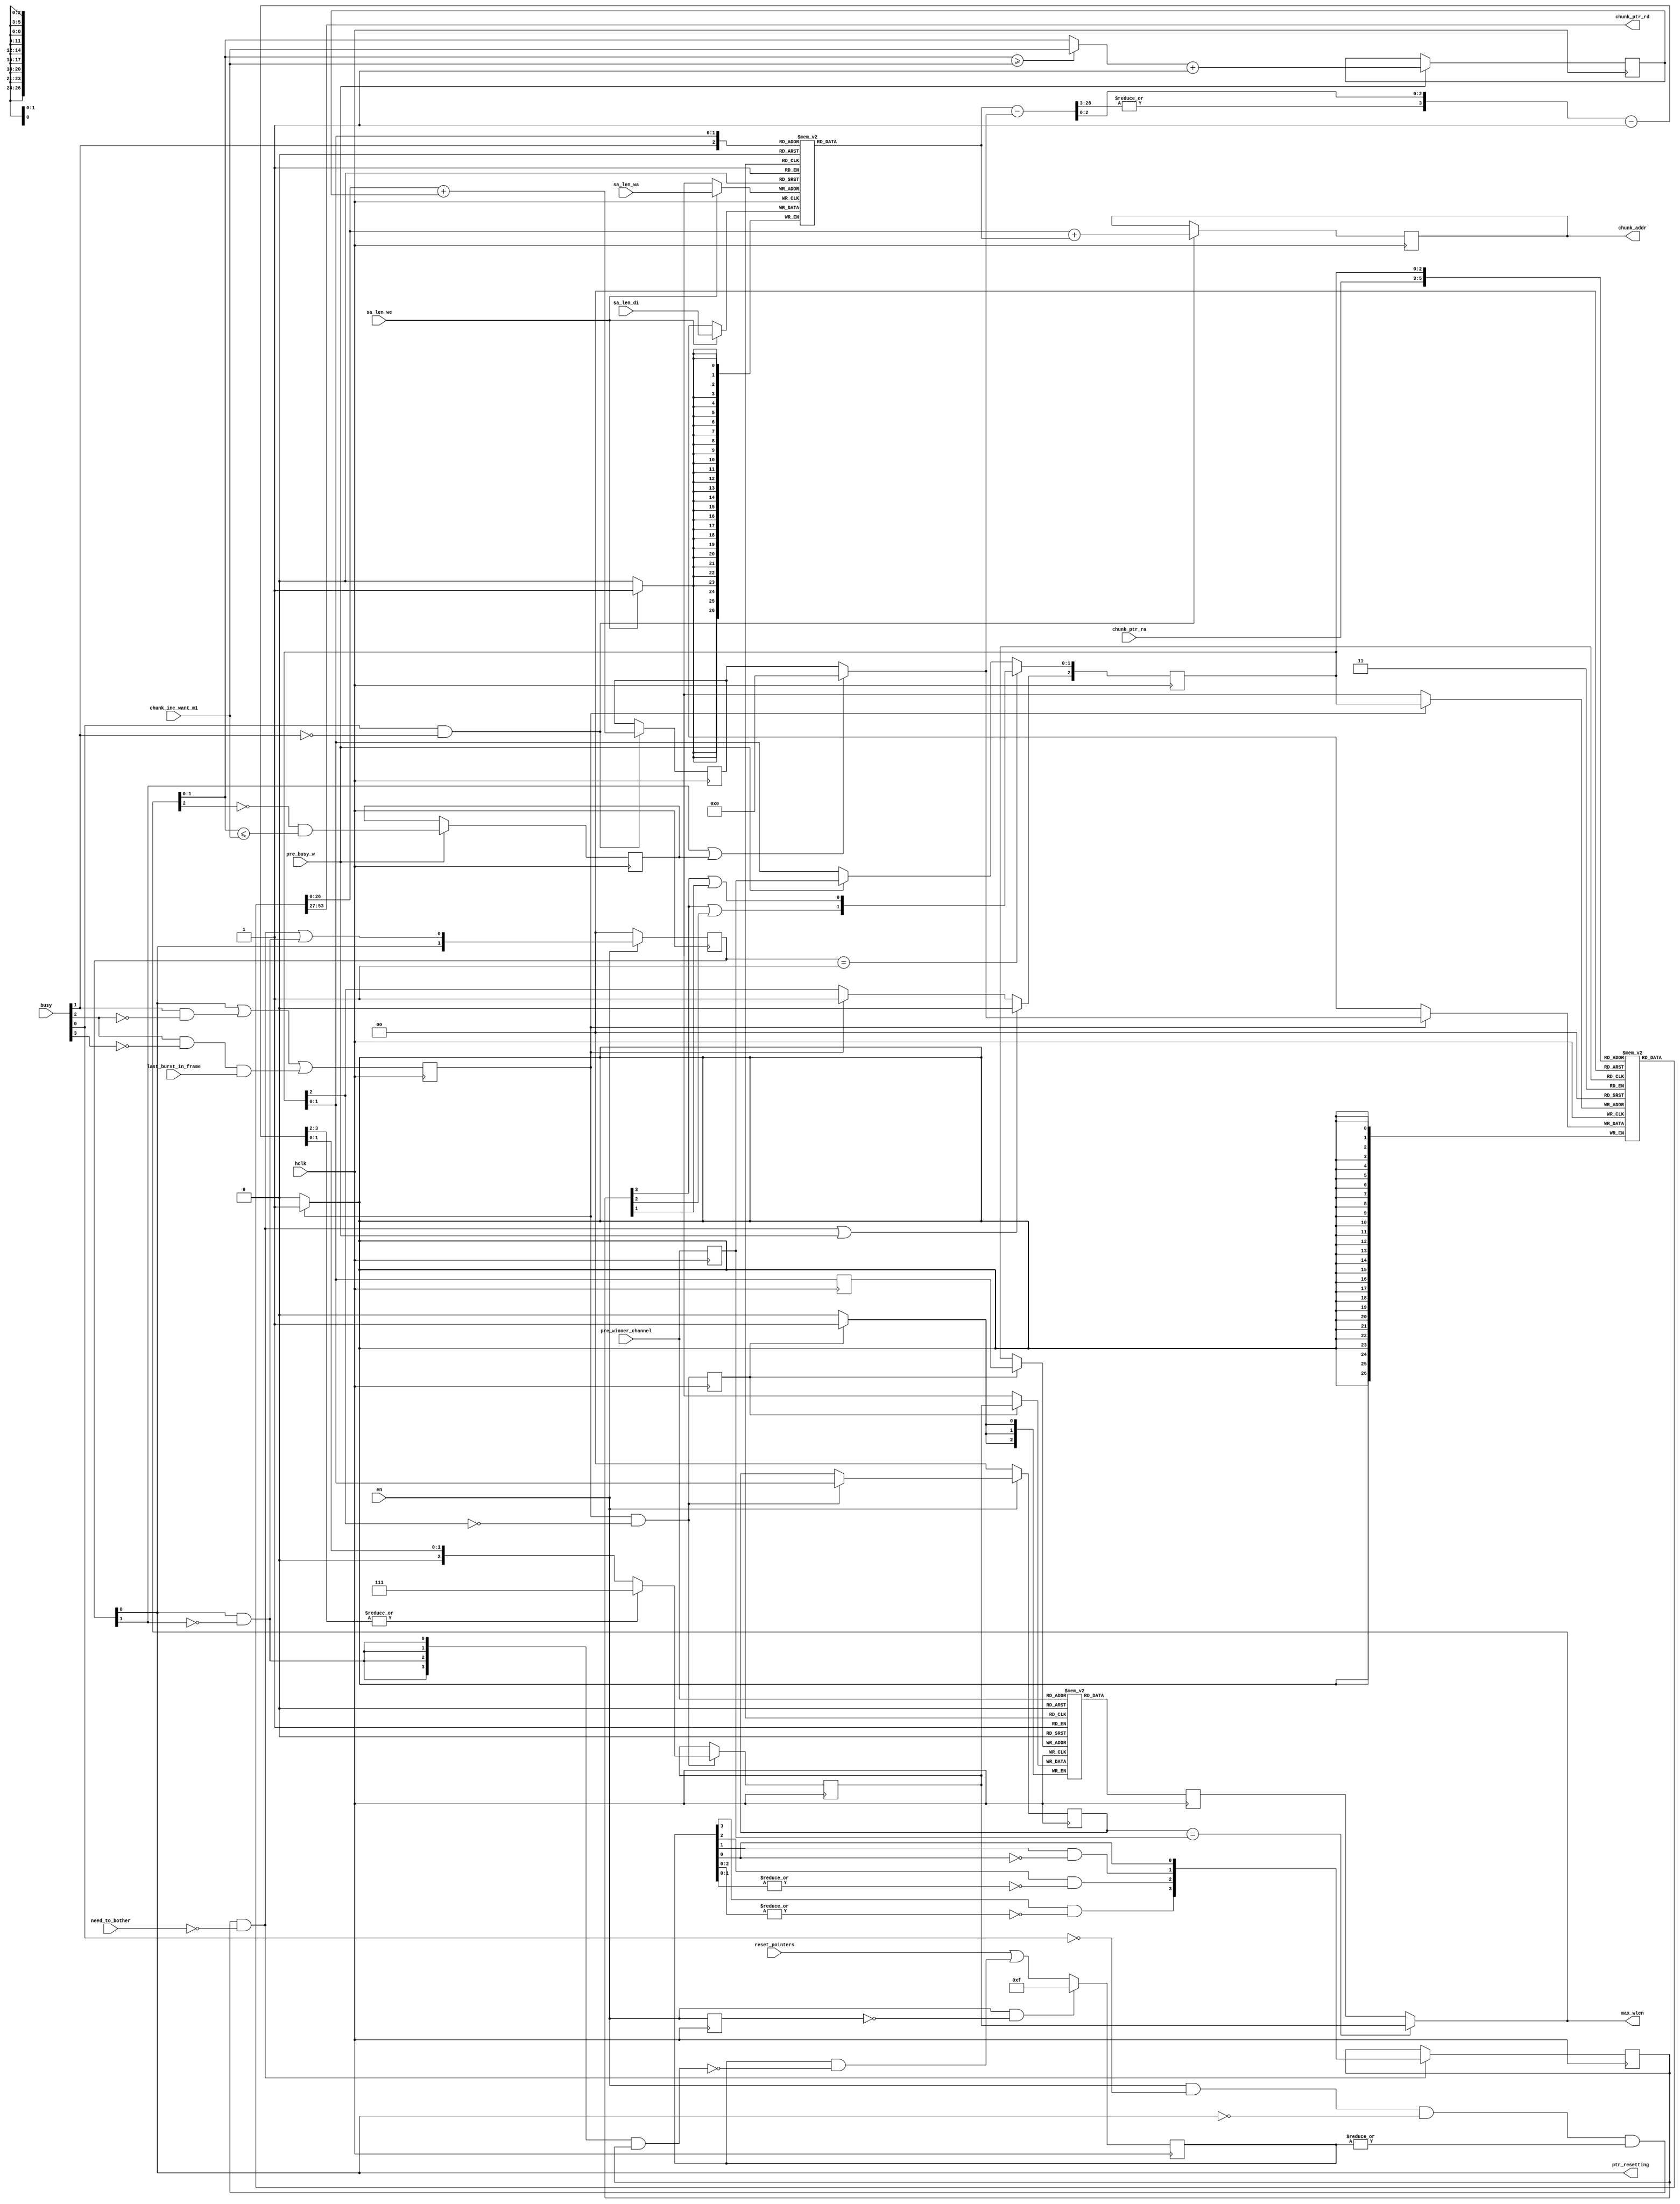
/*!
 * <b>Module:</b>cmprs_afi_mux_ptr
 * @file cmprs_afi_mux_ptr.v
 * @date 2015-06-28  
 * @author Andrey Filippov     
 *
 * @brief Maintain 4-channel chunk pointers (before AXI)
 * Advance 32-byte chunk pointers for each AXI burst and each frame (4*2=8 pointers)
 *
 * @copyright Copyright (c) 2015 Elphel, Inc.
 *
 * <b>License:</b>
 *
 * cmprs_afi_mux_ptr.v is free software; you can redistribute it and/or modify
 * it under the terms of the GNU General Public License as published by
 * the Free Software Foundation, either version 3 of the License, or
 * (at your option) any later version.
 *
 *  cmprs_afi_mux_ptr.v is distributed in the hope that it will be useful,
 * but WITHOUT ANY WARRANTY; without even the implied warranty of
 * MERCHANTABILITY or FITNESS FOR A PARTICULAR PURPOSE.  See the
 * GNU General Public License for more details.
 *
 * You should have received a copy of the GNU General Public License
 * along with this program.  If not, see <http://www.gnu.org/licenses/> .
 *
 * Additional permission under GNU GPL version 3 section 7:
 * If you modify this Program, or any covered work, by linking or combining it
 * with independent modules provided by the FPGA vendor only (this permission
 * does not extend to any 3-rd party modules, "soft cores" or macros) under
 * different license terms solely for the purpose of generating binary "bitstream"
 * files and/or simulating the code, the copyright holders of this Program give
 * you the right to distribute the covered work without those independent modules
 * as long as the source code for them is available from the FPGA vendor free of
 * charge, and there is no dependence on any encrypted modules for simulating of
 * the combined code. This permission applies to you if the distributed code
 * contains all the components and scripts required to completely simulate it
 * with at least one of the Free Software programs.
 */
`timescale 1ns/1ps

module  cmprs_afi_mux_ptr(
    input                         hclk,               // global clock to run axi_hp @ 150MHz, shared by all compressor channels
    // Write dual port 8x27 channel start address/length RAM
    input                  [26:0] sa_len_di,          // data to write per-channle buffer sa/length in chunks
    input                  [ 2:0] sa_len_wa,          // channel address to write sa/lengths
    input                         sa_len_we,          // write enable sa/length data
    
    input                         en,                 // 0 - resets, 0->1 resets all pointers. While reset allows write response
    input                  [ 3:0] reset_pointers,     // per-channel - reset pointers
    input                         pre_busy_w,         // combinatorial signal - one before busy[0] (depends on ptr_resetting)
    input                  [ 1:0] pre_winner_channel, // channel that won arbitration for AXI access, valid 1 cycle ahead of @ pre_busy_w
//    input                  [ 1:0] winner_channel,     // channel that won arbitration for AXI access, valid @ pre_busy_w
    input                         need_to_bother,     // wants to start access if address and data FIFO permit
    input                   [1:0] chunk_inc_want_m1,  // how much to increment chunk pointer (0..3) +1 - valid with busy[0] (w/o rollover)
    
    input                         last_burst_in_frame, // valid with busy[0] (last_burst_in_frame<=last_chunk_w[winner2])
                                                       // last_burst_in_frame is invalid when rollover splits burst in 2
    input                  [ 3:0] busy,               // one cycle less than sending 1-4 bursts, [1] - delayed by 1, [2] - by 2 
    output                        ptr_resetting,      // pointers will be reset next cycle (2-cycle-long pulse)
    output reg             [26:0] chunk_addr,         // chunk absolute address, valid with busy[1]
    input                  [ 2:0] chunk_ptr_ra,       // chunk pointer read address {eof, chn[1:0]}
    output                 [26:0] chunk_ptr_rd,       // chunk pointer read data (non-registered
//    output                 [ 2:0] max_inc             // maximal increment to rollover (limited by 4)        
    output                 [ 2:0] max_wlen            // maximal wlen[3:2], MSB - limited by rollover        

);
    reg   [3:0] reset_rq;               // request to reset pointers when ready
    reg   [3:0] reset_rq_pri;           // one-hot reset rq 
    wire  [1:0] reset_rq_enc;           // encoded reset_rq_pri
    wire        start_resetting_w;
    reg   [1:0] resetting;              // resetting chunk_pointer and eof_pointer
    reg   [2:0] ptr_wa;                 // pointer memory write port address, msb - eof/current, 2 LSB - channel
    reg         ptr_we;                 // pointer memory write enable
    reg  [26:0] ptr_ram[0:7];           // pointer (current and eof) memory (in 32-byte chunks
    wire [26:0] ptr_ram_di;             // data to be written to ptr_ram
    reg  [26:0] sa_len_ram[0:7];        // start chunk/num cunks in a buffer (write port @mclk)
    reg  [26:0] chunk_ptr_inc;          // incremented by 1..4 chunk pointer
//    reg  [27:0] rollover_r;         // incremented chunk pointer, decremented by length (MSB - sign)
    reg         en_d;                   //enable delayed by 1 cycle
    wire [ 2:0] sa_len_ra;              // start/len read address (0..3 - start addresses, 4..7 - lengths)

    reg  [ 2:0] max_inc_ram[0:3];       // maximal increment to rollover (limited by 4)     
    wire [ 1:0] pre_chunk_inc_m1;
    reg  [ 2:0] chunk_inc;
    wire [26:0] chunks_to_rollover;
    
    reg   [3:0] chunks_to_rollover_r;   // [3] >=8 
// SuppressWarnings VEditor unused 
    wire  [3:0] chunks_to_rollover_m1;
    wire  [3:0] pre_chunks_to_rollover_m1;
    reg         max_inc_ram_we;
    reg   [1:0] max_inc_ram_wa;
    wire        rollover_w; // this cycle causes rollover - valid at pre_busy_w
    reg         rollover_r; // this cycle causes rollover - valid at busy[0] and late
    reg  [ 1:0] winner_channel;     // channel that won arbitration for AXI access, valid @ pre_busy_w
    
    
    wire        ptr_ram_wa = ptr_ram[ptr_wa]; // SuppressThisWarning VEditor debug - just to view 
//    wire  [2:0] max_wlen_di;   // data to write to max_inc_ram and bypass register
    reg   [2:0] max_wlen_r;    // memory registered output
    reg   [2:0] max_wlen_same; // used to bypass max_inc_ram for the same channel
//    reg         use_same_max_wlen; // valid @ pre_busy_w
    reg   [1:0] last_max_written; // channel for which max_wlen was written to RAM
    
    assign ptr_resetting = resetting[0];
    assign sa_len_ra= {busy[1],ptr_wa[1:0]};
    
    assign reset_rq_enc = {reset_rq_pri[3] | reset_rq_pri[2],
                           reset_rq_pri[3] | reset_rq_pri[1]};
    assign ptr_ram_di= (resetting[1] ||rollover_r)  ? 27'b0 : chunk_ptr_inc ;

    assign chunk_ptr_rd = ptr_ram[chunk_ptr_ra];
    assign start_resetting_w = en && !busy[0] && !resetting[0] && (|reset_rq) && !need_to_bother;
    
///    assign max_wlen = max_inc_ram[winner_channel]; // valid @pre_busy_w
//    assign max_wlen = (last_max_written == winner_channel) ? (max_inc_ram_we? max_wlen_di: max_wlen_same) :max_wlen_r ; // valid @pre_busy_w
    assign max_wlen = (last_max_written == winner_channel) ? max_wlen_same :max_wlen_r ; // valid @pre_busy_w
    
//chunk_inc_want_m1
    assign pre_chunk_inc_m1 = (max_wlen[1:0] >= chunk_inc_want_m1)? chunk_inc_want_m1 : max_wlen[1:0];
    assign rollover_w =       !max_wlen[2] && (max_wlen[1:0] <= chunk_inc_want_m1);
    
    assign chunks_to_rollover = sa_len_ram[sa_len_ra] -  ptr_ram_di;
    assign chunks_to_rollover_m1 = chunks_to_rollover_r -1;
//    assign max_wlen_di = (|chunks_to_rollover_m1[3:2])?3'h7:{1'b0,chunks_to_rollover_m1[1:0]};    
    // 1 cycle ahead of chunks_to_rollover_m1
    assign pre_chunks_to_rollover_m1 =  {|chunks_to_rollover[26:3],chunks_to_rollover[2:0]} - 1;  
    always @ (posedge hclk) begin
        winner_channel <= pre_winner_channel;
        max_wlen_r <= max_inc_ram[pre_winner_channel]; // valid @pre_busy_w
        if       (!en)                 last_max_written <= 0;
        else if  (ptr_we & ~ptr_wa[2]) last_max_written <= ptr_wa[1:0];
        
        en_d <= en;
        // ===== calculate and rollover channel addresses ====
        // clear (during "resetting" or update 8x27 RAM that holds chunk pointers for the current burst and currenty frame
        // uses (reads) additional memory with per-channel start addresses and lengths (both measured in 32-byte chunks
        // read port of the ptr_ram will be used to monitor pointers through the status network
        // TODO: Make sure correct RAM modules are inferred
        // write length RAM
        if (sa_len_we) sa_len_ram[sa_len_wa] <= sa_len_di;
        if (start_resetting_w)  reset_rq_pri <= {reset_rq[3] & ~(|reset_rq[2:0]),
                                                 reset_rq[2] & ~(|reset_rq[1:0]),
                                                 reset_rq[1] &     ~reset_rq[0],
                                                 reset_rq[0]};
                                                 
        if (en && !en_d) reset_rq <= 4'hf;
        else             reset_rq <= reset_pointers | (reset_rq  & ~({4{resetting[0] &~ resetting[1]}} & reset_rq_pri));
        
        if (!en) resetting <= 0;
        else     resetting <= {resetting[0], start_resetting_w | (resetting[0] & ~resetting[1])};
        
        if (resetting == 2'b1)               ptr_wa[1:0] <= reset_rq_enc;
        else if (pre_busy_w)                 ptr_wa[1:0] <= winner_channel;
        
        if (start_resetting_w || pre_busy_w) ptr_wa[2]  <= 0;
        else if (ptr_we)                     ptr_wa[2]  <= 1;
        
        ptr_we <= resetting[0] ||   //  a pair of cycles to reset chunk pointer and frame chunk pointer
                  (busy[1] && !busy[2]) || // always update chunk pointer
                  (busy[2] && !busy[3] && last_burst_in_frame); // optionally update frame chunk pointer (same value)

        if (busy[0] && !busy[1]) begin // first clock of busy
            // calculate full address for current AXI burst (valid 1 clk after busy)
            chunk_addr <= ptr_ram[ptr_wa] + sa_len_ram[sa_len_ra];
            chunk_ptr_inc <= ptr_ram[ptr_wa] + chunk_inc;
        end                  
//        if (busy[1] && !busy[2]) begin // first clock of busy
//            chunk_ptr_rovr <={1'b0,chunk_ptr_inc} - {1'b0,sa_len_ram[sa_len_ra]}; // sa_len_ra now points at length
//        end
        // write to ptr_ram (1 or 2 locations - if eof)
        if (ptr_we) ptr_ram[ptr_wa] <= ptr_ram_di;
        
        if (pre_busy_w) chunk_inc <= {1'b0, pre_chunk_inc_m1} + 1;
        
        if (pre_busy_w) rollover_r <= rollover_w;
        
//    wire [26:0] chunks_to_rollover;
    
//    reg   [3:0] chunks_to_rollover_r;   // [3] >=8 
        if (ptr_we) chunks_to_rollover_r <= {|chunks_to_rollover[26:3],chunks_to_rollover[2:0]};
        
        max_inc_ram_we <= ptr_we & ~ptr_wa[2];
        max_inc_ram_wa <= ptr_wa[1:0];
        
        // set 1 cycle earlier 
        if (ptr_we & ~ptr_wa[2]) max_wlen_same <= (|pre_chunks_to_rollover_m1[3:2])?3'h7:{1'b0,pre_chunks_to_rollover_m1[1:0]};
        
        if (max_inc_ram_we) begin
            max_inc_ram[max_inc_ram_wa] <= max_wlen_same; // max_wlen_di; //  (|chunks_to_rollover_m1[3:2])?3'h7:{1'b0,chunks_to_rollover_m1[1:0]};
//            max_wlen_same <=               max_wlen_di;
        end
        
        
    end
endmodule